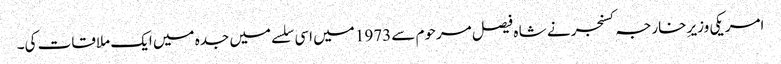
امریکی وزیرِ خارجہ کسنجر نے شا ه فیصل مرحوم سے 1973 میں اسی سلسے میں جدہ میں ایک ملاقات کی۔